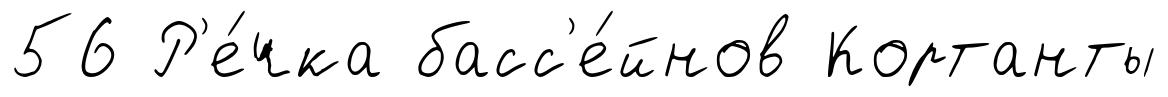
56 Р'е́чка басс'е́йнов Кортанты